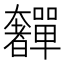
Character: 奲